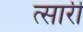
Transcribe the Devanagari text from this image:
त्सारी